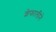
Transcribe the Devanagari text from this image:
शेफालीने